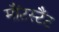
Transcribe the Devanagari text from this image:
मौंटस्टैंट